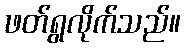
ဖတ်ရွလိုက်သည်။